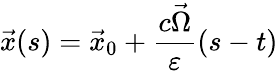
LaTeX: \vec{x}(s)=\vec{x}_{0}+\frac{c\vec{\Omega}}{\varepsilon}(s-t)